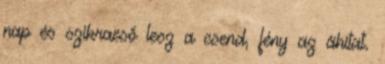
nap és szikraeső lesz a csend, fény az áhítat.